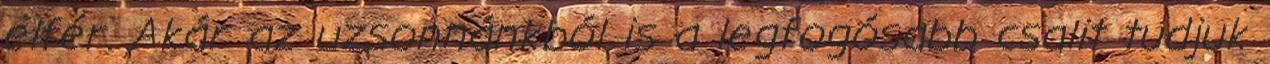
elfér. Akár az uzsonnánkból is a legfogósabb csalit tudjuk